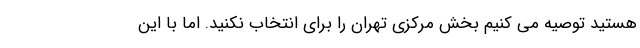
هستید توصیه می کنیم بخش مرکزی تهران را برای انتخاب نکنید. اما با این